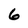
Character: 6